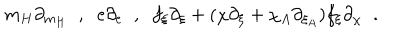
m _ { H } \partial _ { m _ { H } } \; \; , \; \; e \partial _ { e } \; \; , \; \; f _ { \xi } \partial _ { \xi } + ( \chi \partial _ { \xi } + \chi _ { A } \partial _ { \xi _ { A } } ) f _ { \xi } \partial _ { \chi } \; \; .